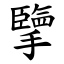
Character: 擥